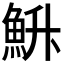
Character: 𮫳